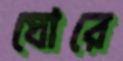
ঘোরে